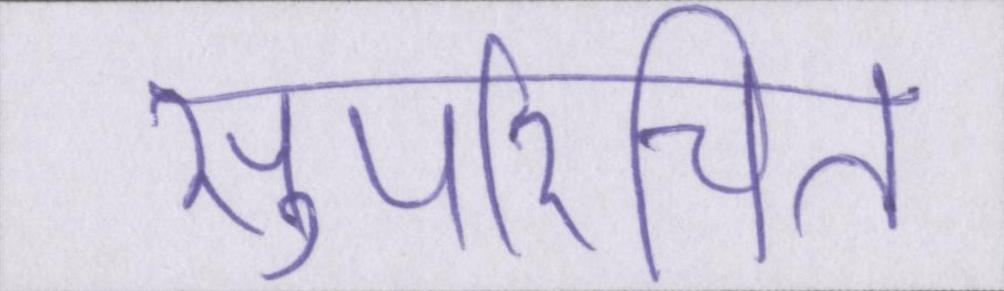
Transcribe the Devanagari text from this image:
सुपरिचित